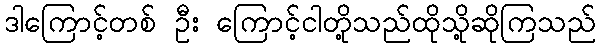
ဒါကြောင့်တစ် ဦး ကြောင့်ငါတို့သည်ထိုသို့ဆိုကြသည်